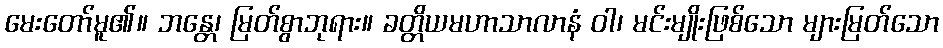
မေးတော်မူ၏။ ဘန္တေ၊ မြတ်စွာဘုရား။ ခတ္တိယမဟာသာလာနံ ဝါ၊ မင်းမျိုးဖြစ်သော များမြတ်သော